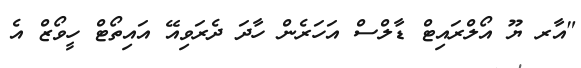
"އާރ ޔޫ އޯލްރައިޓް ޑާލްސް އަހަރެން ހާދަ ދެރަވިއޭ އައިތޯޓް ހީވޯޒް އެ